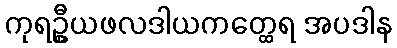
ကုရဦ္စယဖလဒါယကတ္ထေရ အပဒါန